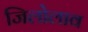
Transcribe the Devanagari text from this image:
जिलोलाव